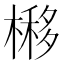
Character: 𣘵